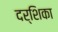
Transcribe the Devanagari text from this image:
दर्शिका